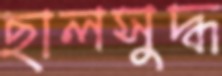
ছালসুদ্ধ